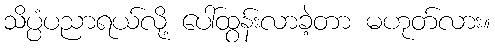
သိပ္ပံပညာရယ်လို့ ပေါ်ထွန်းလာခဲ့တာ မဟုတ်လား။